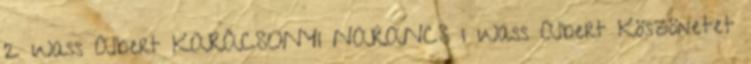
2 Wass Albert KARÁCSONYI NARANCS 1 Wass Albert Köszönetet